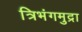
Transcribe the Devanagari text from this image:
त्रिभंगमुद्रा